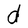
Character: d